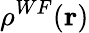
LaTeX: \rho^{WF}(\mathbf{r})